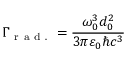
\Gamma _ { \mathrm { ~ r ~ a ~ d ~ . ~ } } = \frac { \omega _ { 0 } ^ { 3 } d _ { 0 } ^ { 2 } } { 3 \pi \varepsilon _ { 0 } \hbar c ^ { 3 } }